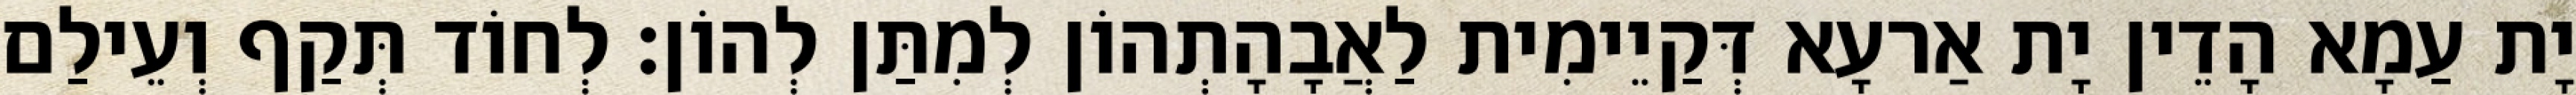
יָת עַמָא הָדֵין יָת אַרעָא דְּקַיֵימִית לַאֲבָהָתְהוֹן לְמִתַּן לְהוֹן׃ לְחוֹד תְּקַף וְעֵילַם